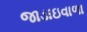
જાડાઇવાળા